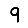
Digit: 9